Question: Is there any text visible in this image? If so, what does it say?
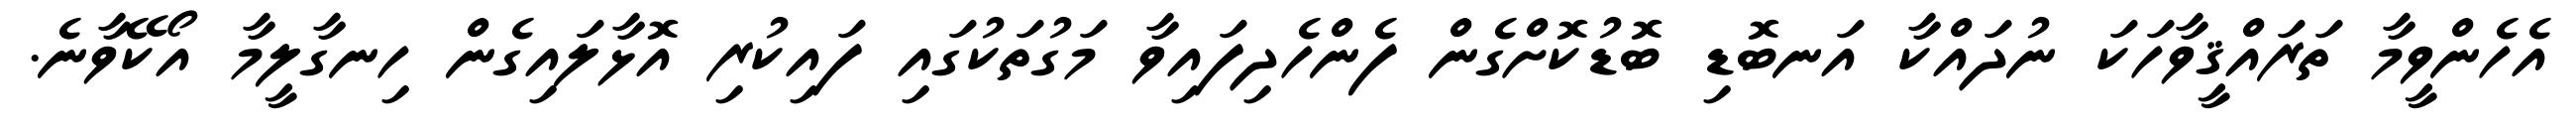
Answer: އެހެންވީމާ ތަރައްޤީވާހަކަ ނުދައްކާ އަނބޮޑި ބޮޑުކޮށްގެން ފެންހެދިފައިވާ މަގުތަކުގައި ފައިކުރި އޮޅާލައިގެން ހިނގާލީމާ އޯކޭވާނެ.